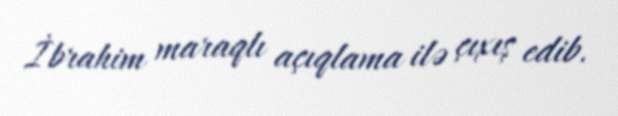
İbrahim maraqlı açıqlama ilə çıxış edib.